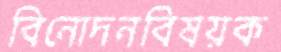
বিনোদনবিষয়ক